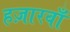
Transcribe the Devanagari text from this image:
हज़ारवाँ